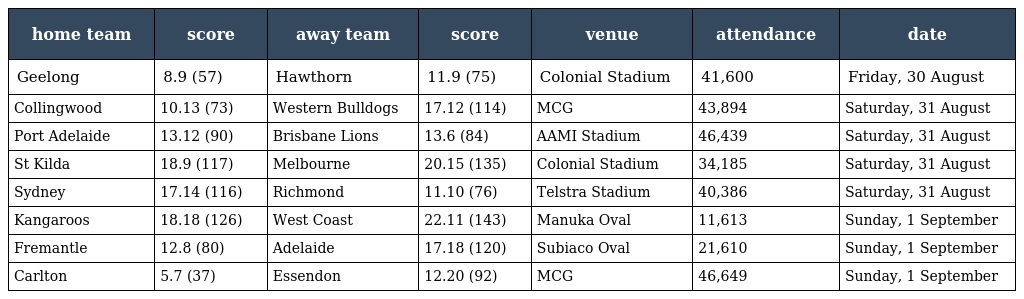
| home team | score | away team | score | venue | attendance | date |
 | --- | --- | --- | --- | --- | --- | --- |
 | Geelong | 8.9 (57) | Hawthorn | 11.9 (75) | Colonial Stadium | 41,600 | Friday, 30 August |
 | Collingwood | 10.13 (73) | Western Bulldogs | 17.12 (114) | MCG | 43,894 | Saturday, 31 August |
 | Port Adelaide | 13.12 (90) | Brisbane Lions | 13.6 (84) | AAMI Stadium | 46,439 | Saturday, 31 August |
 | St Kilda | 18.9 (117) | Melbourne | 20.15 (135) | Colonial Stadium | 34,185 | Saturday, 31 August |
 | Sydney | 17.14 (116) | Richmond | 11.10 (76) | Telstra Stadium | 40,386 | Saturday, 31 August |
 | Kangaroos | 18.18 (126) | West Coast | 22.11 (143) | Manuka Oval | 11,613 | Sunday, 1 September |
 | Fremantle | 12.8 (80) | Adelaide | 17.18 (120) | Subiaco Oval | 21,610 | Sunday, 1 September |
 | Carlton | 5.7 (37) | Essendon | 12.20 (92) | MCG | 46,649 | Sunday, 1 September |